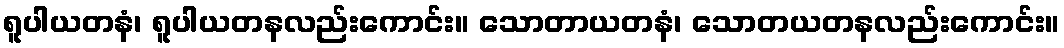
ရူပါယတနံ၊ ရူပါယတနလည်းကောင်း။ သောတာယတနံ၊ သောတယတနလည်းကောင်း။